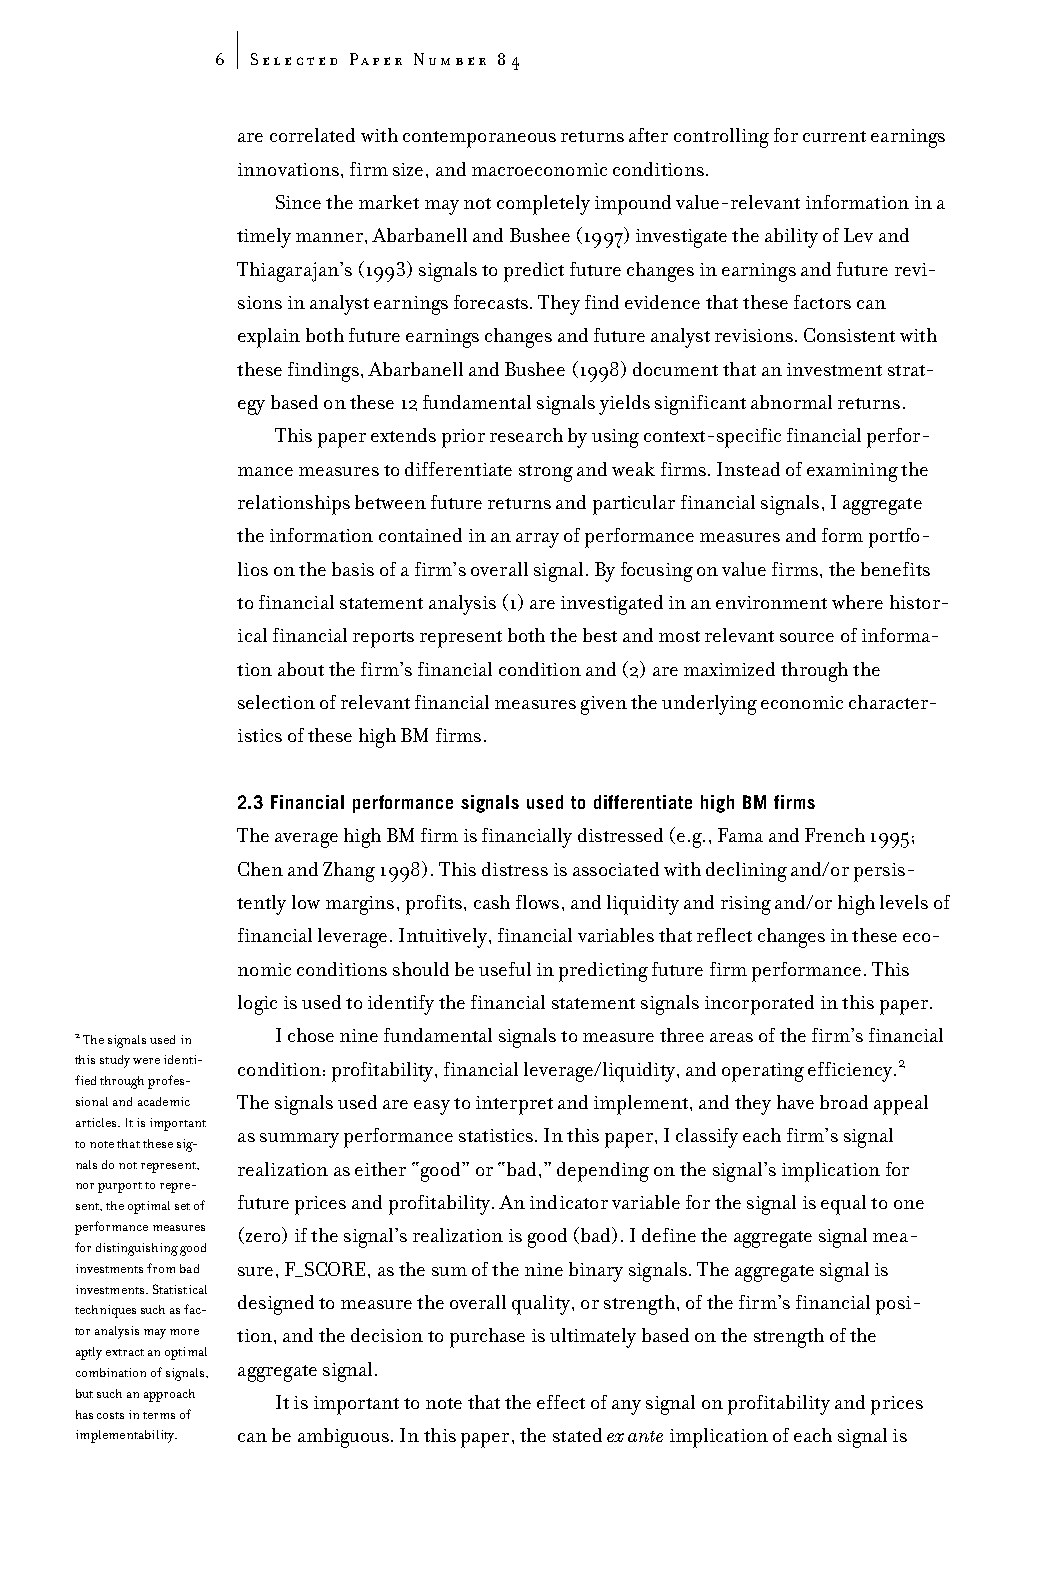
6  Selected Paper Number 84
 are correlated with contemporaneous returns after controlling for current earnings
 innovations, firm size, and macroeconomic conditions.
 Since the market may not completely impound value-relevant information in a
 timely manner, Abarbanell and Bushee (1997) investigate the ability of Lev and
 Thiagarajan’s (1993) signals to predict future changes in earnings and future revi-
 sions in analyst earnings forecasts. They find evidence that these factors can
 explain both future earnings changes and future analyst revisions. Consistent with
 these findings, Abarbanell and Bushee (1998) document that an investment strat-
 egy based on these 12 fundamental signals yields significant abnormal returns.
 This paper extends prior research by using context-specific financial perfor-
 mance measures to differentiate strong and weak firms. Instead of examining the
 relationships between future returns and particular financial signals, I aggregate
 the information contained in an array of performance measures and form portfo-
 lios on the basis of a firm’s overall signal. By focusing on value firms, the benefits
 to financial statement analysis (1) are investigated in an environment where histor-
 ical financial reports represent both the best and most relevant source of informa-
 tion about the firm’s financial condition and (2) are maximized through the
 selection of relevant financial measures given the underlying economic character-
 istics of these high BM firms.
 2.3 Financial performance signals used to differentiate high BM firms
 The average high BM firm is financially distressed (e.g., Fama and French 1995;
 Chen and Zhang 1998). This distress is associated with declining and/or persis-
 tently low margins, profits, cash flows, and liquidity and rising and/or high levels of
 financial leverage. Intuitively, financial variables that reflect changes in these eco-
 nomic conditions should be useful in predicting future firm performance. This
 logic is used to identify the financial statement signals incorporated in this paper.
 2The signals used in I chose nine fundamental signals to measure three areas of the firm’s financial
 this study were identi- condition: profitability, financial leverage/liquidity, and operating efficiency.2
 fied through profes-
 sional and academic The signals used are easy to interpret and implement, and they have broad appeal
 articles. It is important
 as summary performance statistics. In this paper, I classify each firm’s signal
 to note that these sig-
 nals do not represent, realization as either “good” or “bad,” depending on the signal’s implication for
 nor purport to repre-
 sent, the optimal set of future prices and profitability. An indicator variable for the signal is equal to one
 performance measures
 (zero) if the signal’s realization is good (bad). I define the aggregate signal mea-
 for distinguishing good
 investments from bad sure, F_SCORE, as the sum of the nine binary signals. The aggregate signal is
 investments. Statistical
 designed to measure the overall quality, or strength, of the firm’s financial posi-
 techniques such as fac-
 tor analysis may more tion, and the decision to purchase is ultimately based on the strength of the
 aptly extract an optimal
 combination of signals, aggregate signal.
 but such an approach
 It is important to note that the effect of any signal on profitability and prices
 has costs in terms of
 implementability. can be ambiguous. In this paper, the stated ex anteimplication of each signal is